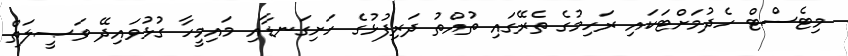
މިޓެސްޓް ހެދުމަށްޓަކައި ރަހިމުގެ ތެރޭގައި ތުއްތު ދަރިފުޅުގެ ހަށިގަނޑާއި މައިމީހާ ގުޅުވައިދޭ ވަޞީލަތް